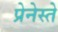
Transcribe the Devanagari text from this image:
प्रेनेस्ते